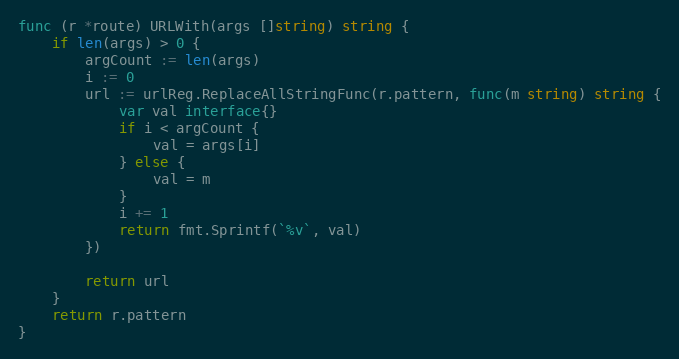
Language: Go
func (r *route) URLWith(args []string) string {
	if len(args) > 0 {
		argCount := len(args)
		i := 0
		url := urlReg.ReplaceAllStringFunc(r.pattern, func(m string) string {
			var val interface{}
			if i < argCount {
				val = args[i]
			} else {
				val = m
			}
			i += 1
			return fmt.Sprintf(`%v`, val)
		})

		return url
	}
	return r.pattern
}